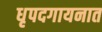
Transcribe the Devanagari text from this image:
धृपदगायनात